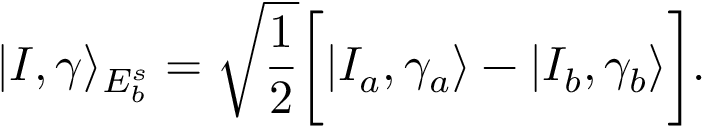
| I , \gamma \rangle _ { E _ { b } ^ { s } } = \sqrt { \frac { 1 } { 2 } } \bigg [ | I _ { a } , \gamma _ { a } \rangle - | I _ { b } , \gamma _ { b } \rangle \bigg ] .